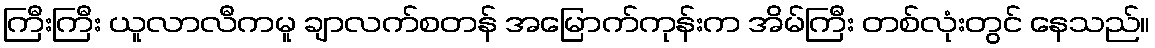
ကြီးကြီး ယူလာလီကမူ ချာလက်စတန် အမြောက်ကုန်းက အိမ်ကြီး တစ်လုံးတွင် နေသည်။